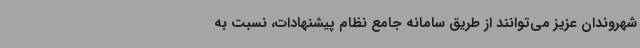
شهروندان عزیز می‌توانند از طریق سامانه جامع نظام پیشنهادات، نسبت به